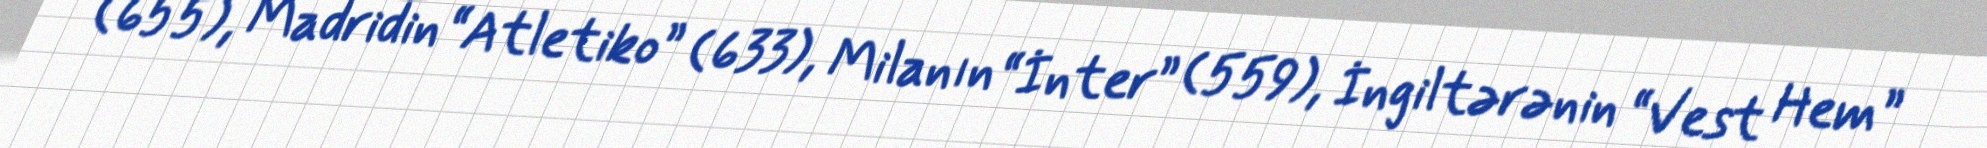
(655), Madridin “Atletiko” (633), Milanın “İnter” (559), İngiltərənin “Vest Hem”